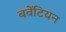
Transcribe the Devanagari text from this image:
बवेंटियन